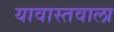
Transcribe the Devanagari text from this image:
यावास्तवाला